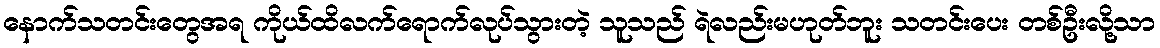
နောက်သတင်းတွေအရ ကိုယ်ထိလက်ရောက်လုပ်သွားတဲ့ သူသည် ရဲလည်းမဟုတ်ဘူး သတင်းပေး တစ်ဦးလို့သာ